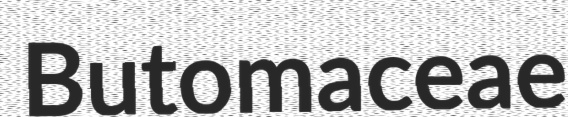
Butomaceae